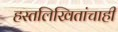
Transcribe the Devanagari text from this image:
हस्तलिखितांचाही